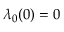
\lambda _ { 0 } ( 0 ) = 0